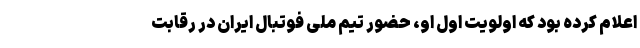
اعلام کرده بود که اولویت اول او، حضور تیم ملی فوتبال ایران در رقابت